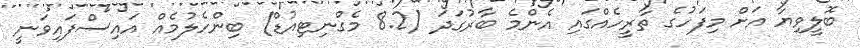
ބޮލީވިޔާ އަށް މިފަހުގެ ތާރީހެއްގައި އެންމެ ބާރުގަދަ (8.2 މެގްނިޓިއުޑް) ބިންހެލުމެއް އައިސްފައިވަނީ